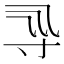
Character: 𡬞